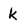
Character: k